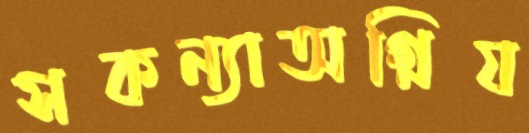
সকন্যাঅগ্নিয